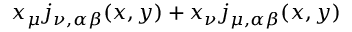
x _ { \mu } j _ { \nu , \alpha \beta } ( x , y ) + x _ { \nu } j _ { \mu , \alpha \beta } ( x , y )